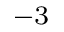
^ { - 3 }